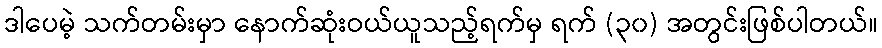
ဒါပေမဲ့ သက်တမ်းမှာ နောက်ဆုံးဝယ်ယူသည့်ရက်မှ ရက် (၃၀) အတွင်းဖြစ်ပါတယ်။